Report on sanitation, dispensaries, and jails in Rajputana for 1912, and on vaccination for the year 1912-1913 - 1912-1913
Year: 1912
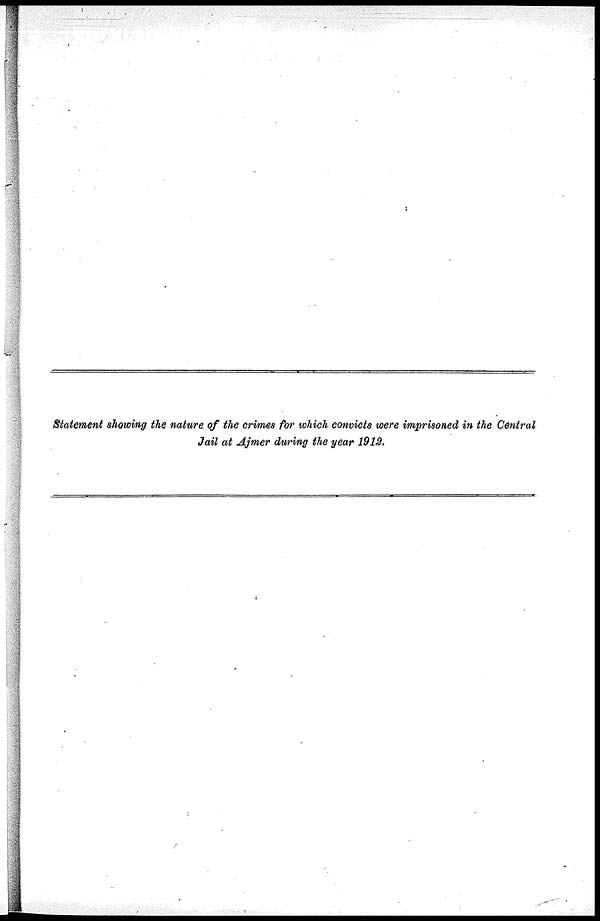
Statement showing the nature of the crimes for which convicts were imprisoned in the Central
Jail at Ajmer during the year 1912.